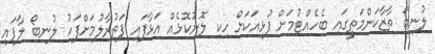
ލުނބޯ ތާޒާކަންމަތީގައި ބެހެއްޓުމަށް ފުޅިއަކަށް ހިކި ލޮނުކޮޅެއް އަޅާފައި ފަތުރާލުމަށްފަހު ލުނބޯ ލާފައި